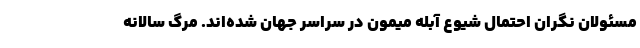
مسئولان نگران احتمال شیوع آبله میمون در سراسر جهان شده‌اند. مرگ سالانه